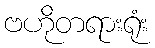
ဗဟိုတရားရုံး